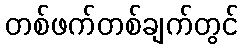
တစ်ဖက်တစ်ချက်တွင်